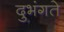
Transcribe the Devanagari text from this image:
दुभंगते